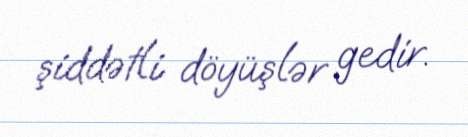
şiddətli döyüşlər gedir.